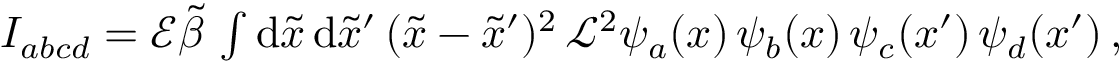
\begin{array} { r } { I _ { a b c d } = \mathcal { E } \tilde { \beta } \, \int \mathrm { d } \tilde { x } \, \mathrm { d } \tilde { x } ^ { \prime } \, ( \tilde { x } - \tilde { x } ^ { \prime } ) ^ { 2 } \, \mathcal { L } ^ { 2 } \psi _ { a } ( x ) \, \psi _ { b } ( x ) \, \psi _ { c } ( x ^ { \prime } ) \, \psi _ { d } ( x ^ { \prime } ) \, , } \end{array}